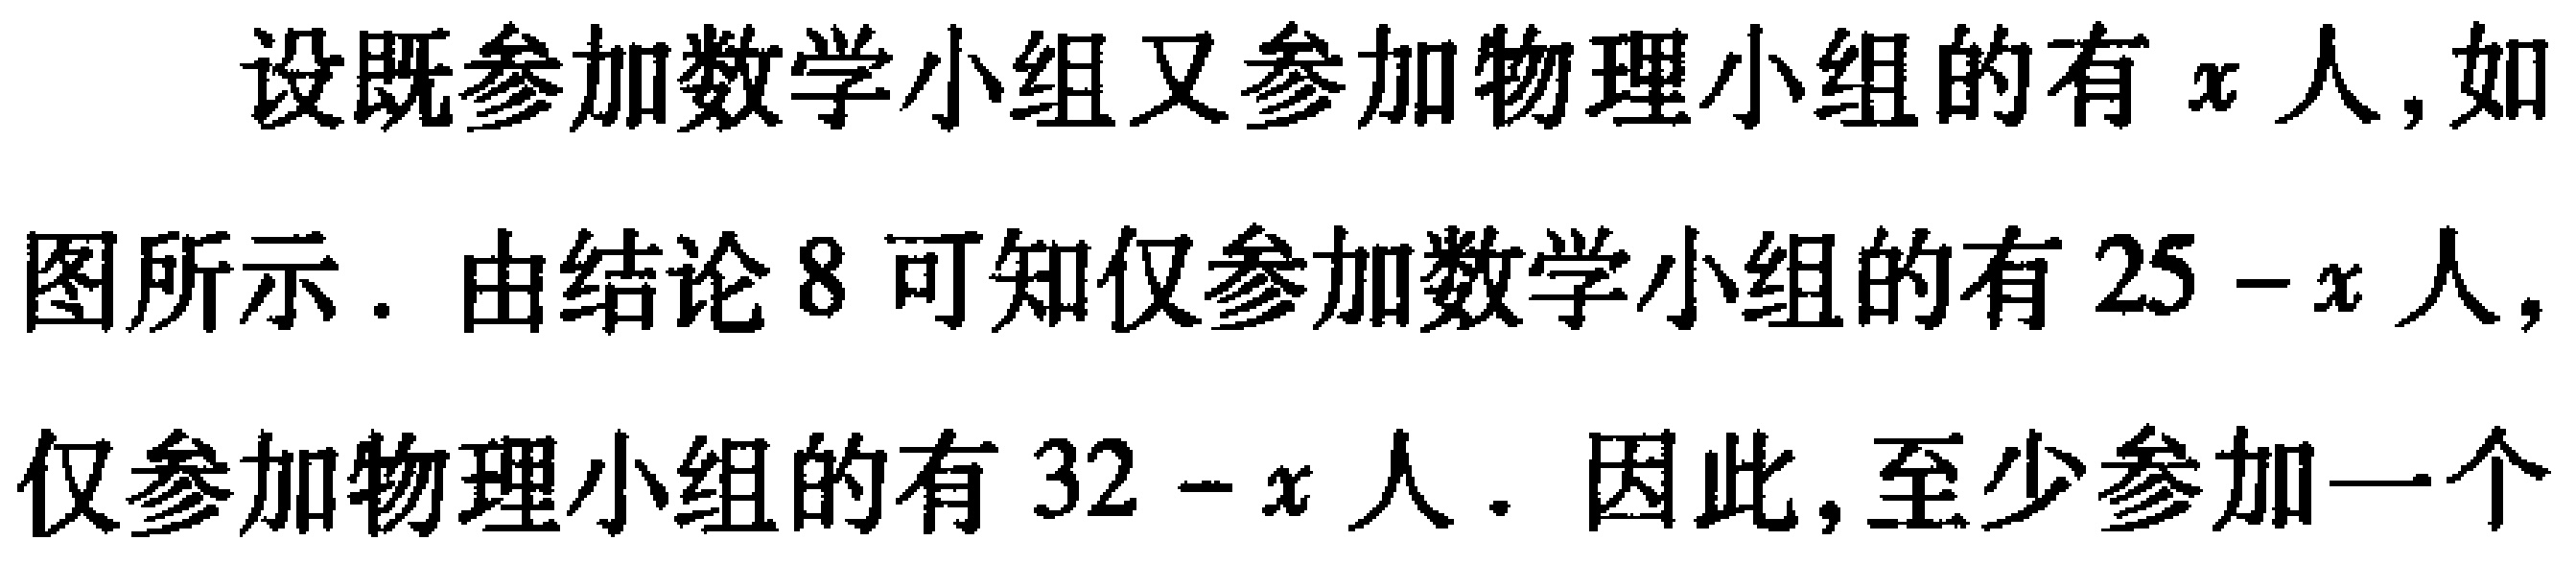
设既参加数学小组又参加物理小组的有\(x\)人, 如图所示．由结论\(8\)可知仅参加数学小组的有\(25 - x\)人, 仅参加物理小组的有\(32 - x\)人．因此,至少参加一个